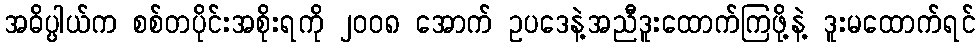
အဓိပ္ပါယ်က စစ်တပိုင်းအစိုးရကို ၂၀၀၈ အောက် ဥပဒေနဲ့အညီဒူးထောက်ကြဖို့နဲ့ ဒူးမထောက်ရင်